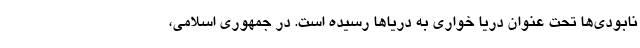
نابودی‌ها تحت عنوان دریا خواری به دریا‌ها رسیده است. در جمهوری اسلامی،